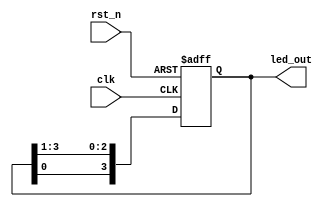
module cyclic_shift(
		    clk,
		    rst_n,
		    led_out
		    );
   input clk;
   input rst_n;

   output reg [3:0] led_out;

   always@(posedge clk or negedge rst_n)
     begin
	if (!rst_n)
	  begin
	     led_out <= 4'b0111;
	  end
	else
	  begin
	     led_out <= {led_out[0], led_out[3:1]};
	  end
     end // always@ (posedge clk or negedge rst_n)
endmodule